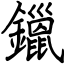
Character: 鑞